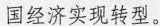
国经济实现转型。